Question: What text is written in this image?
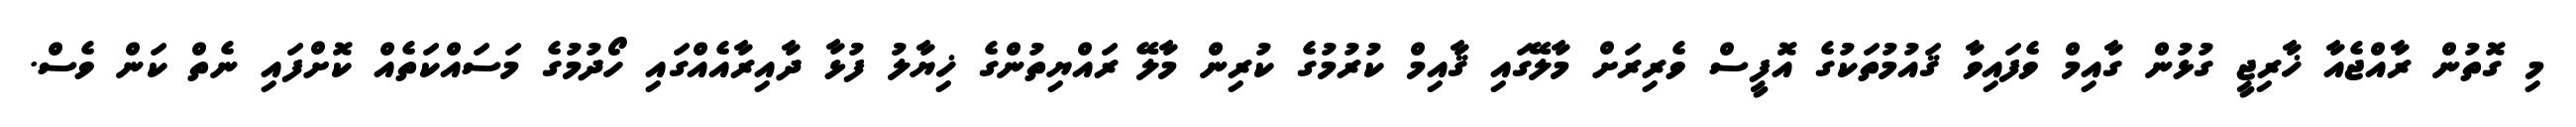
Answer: މި ގޮތުން ރާއްޖެއާ ޚާރިޖީ ގުޅުން ގާއިމް ވެފައިވާ ޤައުމުތަކުގެ އޮފީސް ވެރިރަށް މާލޭގައި ޤާއިމް ކުރުމުގެ ކުރިން މާލޭ ރައްޔިތުންގެ ޚިޔާލު ފުޅާ ދާއިރާއެއްގައި ހޯދުމުގެ މަސައްކަތެއް ކޮށްފައި ނެތް ކަން ވެސް.